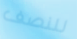
للنصف